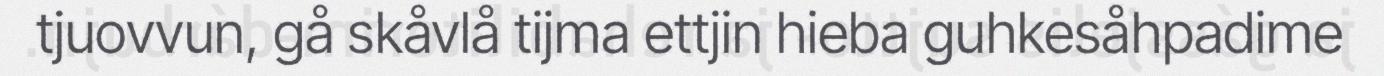
tjuovvun, gå skåvlå tijma ettjin hieba guhkesåhpadime